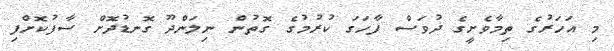
މި އަހަރުގެ ތިމާވެށީގެ ދުވަސް ފާހަގަ ކުރުމުގެ ގޮތުން ނިލަންދޫ ގޮނޑުދޮށް ސާފުކޮށްފި